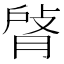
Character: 𦜹